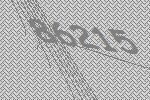
86215